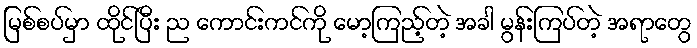
မြစ်စပ်မှာ ထိုင်ပြီး ည ကောင်းကင်ကို မော့ကြည့်တဲ့ အခါ မွန်းကြပ်တဲ့ အရာတွေ